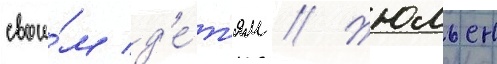
свои́м д'е́т'ям // Жюльен